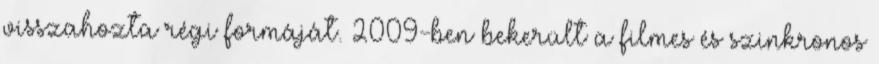
visszahozta régi formáját. 2009-ben bekerült a filmes és szinkronos